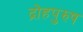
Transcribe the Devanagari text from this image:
द्रोहपुरुष